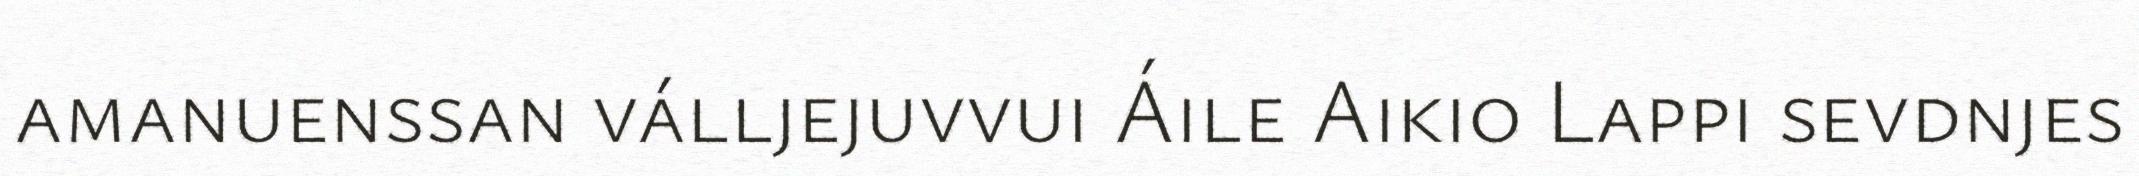
amanuenssan válljejuvvui Áile Aikio Lappi sevdnjes